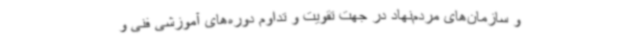
و سازمان‌های مردم‌نهاد در جهت تقویت و تداوم دوره‌های آموزشی فنی و